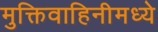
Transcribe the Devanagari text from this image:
मुक्तिवाहिनीमध्ये